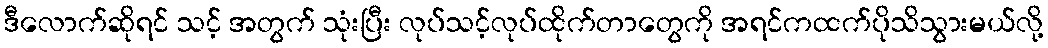
ဒီလောက်ဆိုရင် သင့် အတွက် သုံးပြီး လုပ်သင့်လုပ်ထိုက်တာတွေကို အရင်ကထက်ပိုသိသွားမယ်လို့